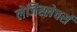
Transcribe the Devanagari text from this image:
लेजिस्लेचर्स